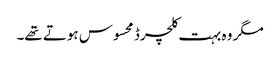
مگر وہ بہت کلچرڈ محسوس ہوتے تھے۔